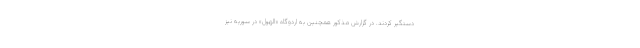
دستگیر کردند. در گزارش مذکور همچنین به اردوگاه «الهول» در سوریه نیز